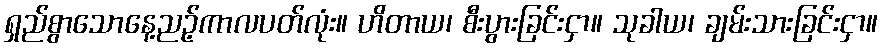
ရှည်စွာသောနေ့ညဉ့်ကာလပတ်လုံး။ ဟိတာယ၊ စီးပွားခြင်းငှာ။ သုခါယ၊ ချမ်းသားခြင်းငှာ။